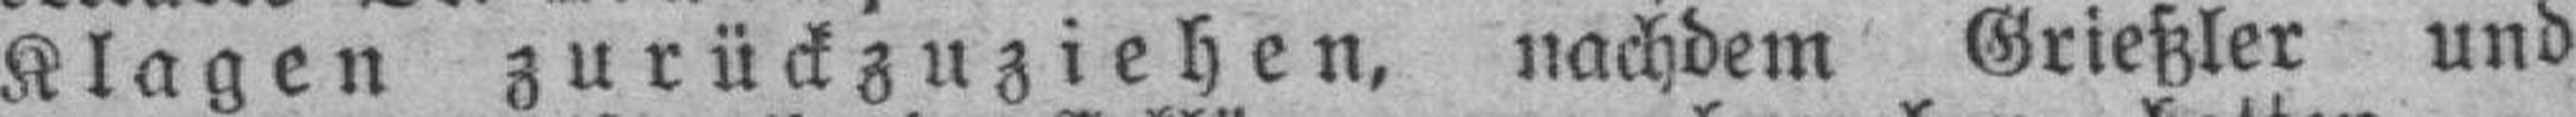
Klagen zurückzuziehen, nachdem Grießler und